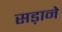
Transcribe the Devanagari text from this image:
सड़ाने